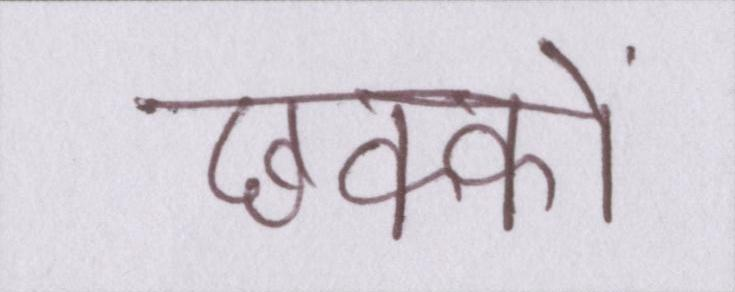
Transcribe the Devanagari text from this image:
छक्कों